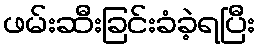
ဖမ်းဆီးခြင်းခံခဲ့ရပြီး